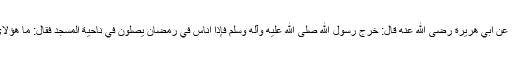
5. عَنْ أَبِي هُرَیْرَةَ رضی الله عنه قَالَ: خَرَجَ رَسُوْلُ ﷲِ صلی الله علیه وآله وسلم فَإِذَا أُنَاسٌ فِي رَمَضَانَ یُصَلُّوْنَ فِي نَاحِیَةِ الْمَسْجِدِ فَقَالَ: مَا هَؤُلَائِ؟